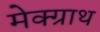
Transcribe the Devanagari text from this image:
मेक्ग्राथ